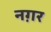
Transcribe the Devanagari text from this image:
नग़र